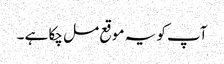
آپ کو یہ موقع مل چکا ہے ۔